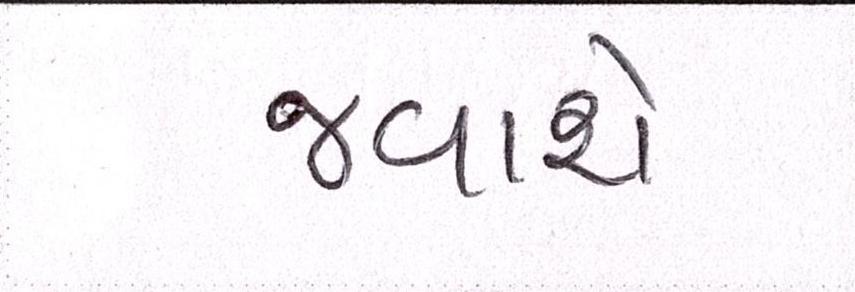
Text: જવાશે